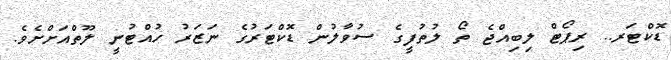
ޑޮކްޓަރ.. ރިޕޯޓް ލިބިއްޖެ ތޯ ލުތުފީގެ ސުވާލުން ޑޮކްޓަރުގެ ނަޒަރު ހުއްޓުނީ ލޫތްއަށްށެވެ.